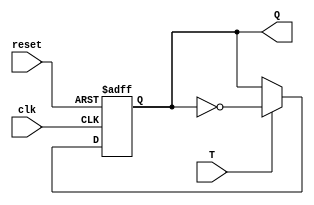
module t_flipflop (
  input T,   // Toggle input
  input clk, // Clock input
  input reset, // Reset input
  output reg Q // Output
);

  always @(posedge clk or posedge reset) begin
    if (reset)
      Q <= 1'b0; // Asynchronous reset
    else if (T)
      Q <= ~Q; // Toggle Q on T input
  end

endmodule